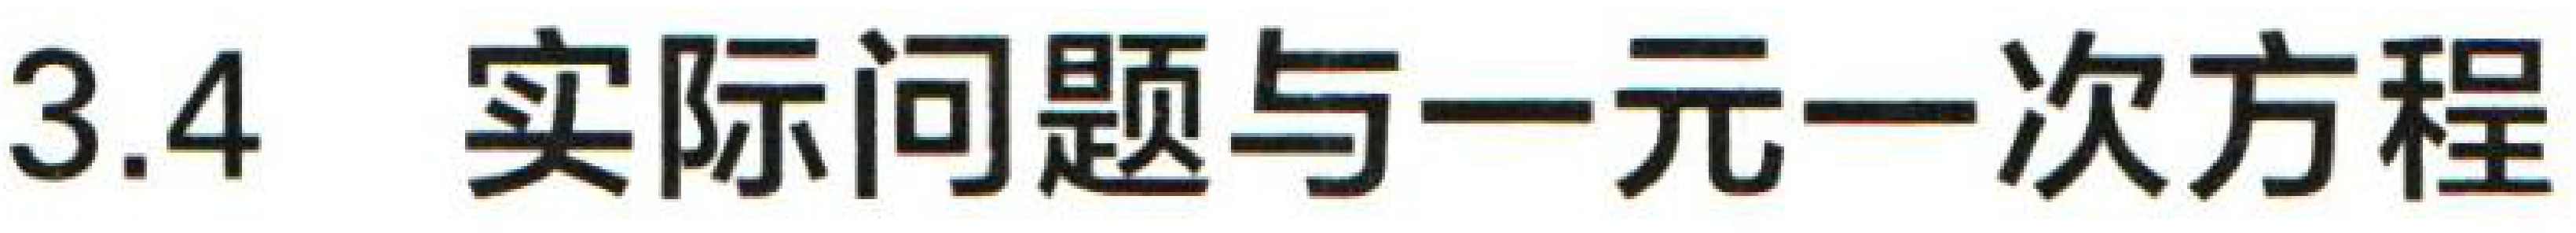
3.4 实际问题与一元一次方程